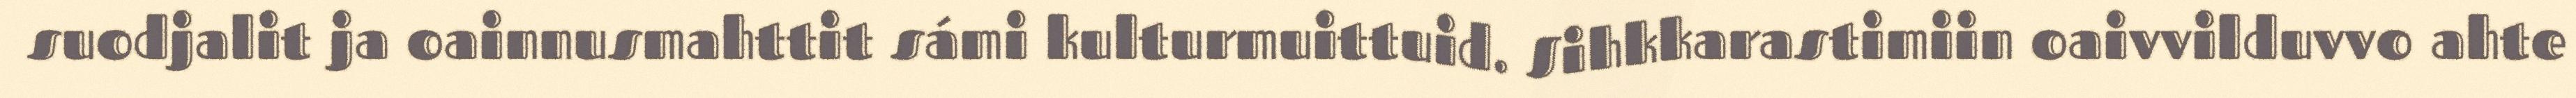
suodjalit ja oainnusmahttit sámi kulturmuittuid. Sihkkarastimiin oaivvilduvvo ahte